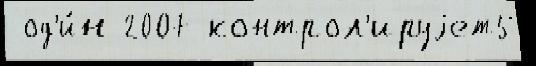
 од'и́н 2007 контрол'ируjет5